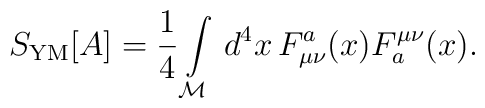
S_{\rm YM}[A] = \frac{1}{4}\int\limits_{\cal M}\,d^4 x\,F^a_{\mu\nu}(x) F_a^{\mu\nu}(x).